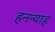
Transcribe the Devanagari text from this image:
हनन्याह